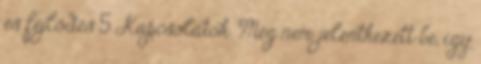
és fejlődés 5 Kapcsolatok Még nem jelentkezett be, így